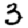
Digit: 3